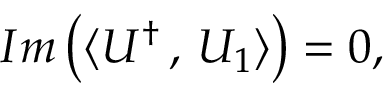
I m \left( \langle U ^ { \dagger } \, , \, U _ { 1 } \rangle \right) = 0 ,